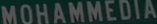
MOHAMMEDIA